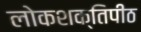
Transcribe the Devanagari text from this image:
लोकशक्तिपीठ